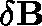
\mathbf { \delta B }